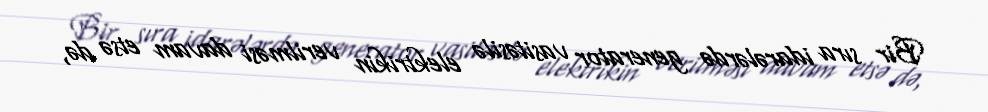
Bir sıra idarələrdə generator vasitəsilə elektrikin verilməsi davam etsə də,